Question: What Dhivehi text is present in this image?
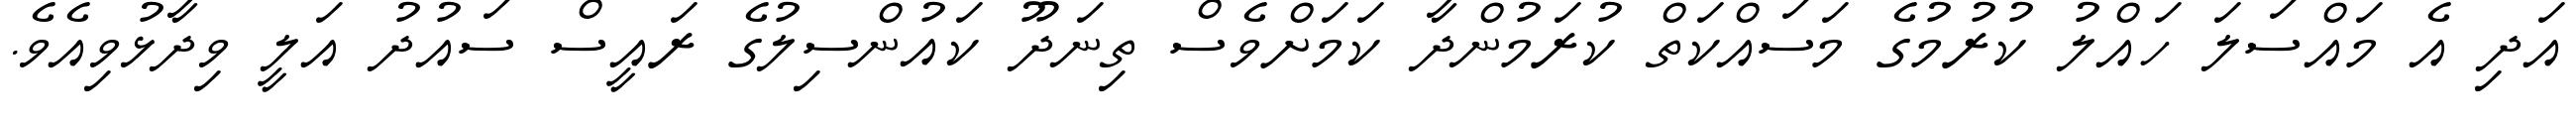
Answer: އަދި އެ މައްސަލަ ހައްލު ކުރުމުގެ މަސައްކަތް ކުރަމުންދާ ކަމަށްވެސް ތިނަދޫ ކައުންސިލުގެ ރައީސް ސައުދު އަލީ ވިދާޅުވިއެވެ.